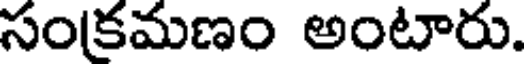
సంకమణం అంటారు.